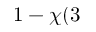
1 - \chi ( 3